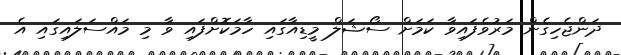
ދަންޖެހިގެން މަރުވެފައިވާ ކަމަށް ސޯޝަލް މީޑިއާގައި ހާމަކޮށްފައި ވާ މި މައްސަލައިގައި އެ